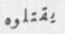
يقتلوه